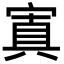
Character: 寘